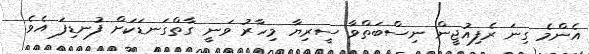
އެންމެ ގިނަ ރެފިއުޖީން ނިސްބަތްވާ ސީރިޔާ މިހާރު ވަނީ ގާތްގަނޑަކަށް ފުނޑިފަ އެވެ.